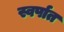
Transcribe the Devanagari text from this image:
स्वर्पात